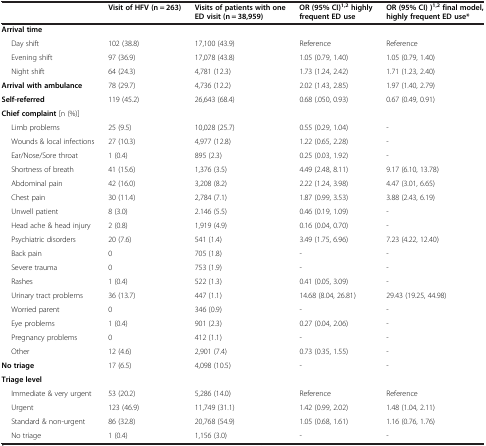
<table><thead><tr><td><b> </b></td><td><b>Visit of HFV (n = 263)</b></td><td><b>Visits of patients with one ED visit (n = 38,959)</b></td><td><b>OR (95% CI)<sup>1,2 </sup>highly frequent ED use</b></td><td><b>OR (95% CI) )<sup>1,2 </sup>final model, highly frequent ED use*</b></td></tr></thead><tbody><tr><td><b>Arrival time</b></td><td> </td><td> </td><td> </td><td> </td></tr><tr><td> Day shift</td><td>102 (38.8)</td><td>17,100 (43.9)</td><td>Reference</td><td>Reference</td></tr><tr><td> Evening shift</td><td>97 (36.9)</td><td>17,078 (43.8)</td><td>1.05 (0.79, 1.40)</td><td>1.05 (0.79, 1.40)</td></tr><tr><td> Night shift</td><td>64 (24.3)</td><td>4,781 (12.3)</td><td>1.73 (1.24, 2.42)</td><td>1.71 (1.23, 2.40)</td></tr><tr><td><b>Arrival with ambulance</b></td><td>78 (29.7)</td><td>4,736 (12.2)</td><td>2.02 (1.43, 2.85)</td><td>1.97 (1.40, 2.79)</td></tr><tr><td><b>Self-referred</b></td><td>119 (45.2)</td><td>26,643 (68.4)</td><td>0.68 (.050, 0.93)</td><td>0.67 (0.49, 0.91)</td></tr><tr><td><b>Chief complaint</b> [n (%)]</td><td> </td><td> </td><td> </td><td> </td></tr><tr><td> Limb problems</td><td>25 (9.5)</td><td>10,028 (25.7)</td><td>0.55 (0.29, 1.04)</td><td>-</td></tr><tr><td> Wounds &amp; local infections</td><td>27 (10.3)</td><td>4,977 (12.8)</td><td>1.22 (0.65, 2.28)</td><td>-</td></tr><tr><td> Ear/Nose/Sore throat</td><td>1 (0.4)</td><td>895 (2.3)</td><td>0.25 (0.03, 1.92)</td><td>-</td></tr><tr><td> Shortness of breath</td><td>41 (15.6)</td><td>1,376 (3.5)</td><td>4.49 (2.48, 8.11)</td><td>9.17 (6.10, 13.78)</td></tr><tr><td> Abdominal pain</td><td>42 (16.0)</td><td>3,208 (8.2)</td><td>2.22 (1.24, 3.98)</td><td>4.47 (3.01, 6.65)</td></tr><tr><td> Chest pain</td><td>30 (11.4)</td><td>2,784 (7.1)</td><td>1.87 (0.99, 3.53)</td><td>3.88 (2.43, 6.19)</td></tr><tr><td> Unwell patient</td><td>8 (3.0)</td><td>2.146 (5.5)</td><td>0.46 (0.19, 1.09)</td><td>-</td></tr><tr><td> Head ache &amp; head injury</td><td>2 (0.8)</td><td>1,919 (4.9)</td><td>0.16 (0.04, 0.70)</td><td>-</td></tr><tr><td> Psychiatric disorders</td><td>20 (7.6)</td><td>541 (1.4)</td><td>3.49 (1.75, 6.96)</td><td>7.23 (4.22, 12.40)</td></tr><tr><td> Back pain</td><td>0</td><td>705 (1.8)</td><td>-</td><td>-</td></tr><tr><td> Severe trauma</td><td>0</td><td>753 (1.9)</td><td>-</td><td>-</td></tr><tr><td> Rashes</td><td>1 (0.4)</td><td>522 (1.3)</td><td>0.41 (0.05, 3.09)</td><td>-</td></tr><tr><td> Urinary tract problems</td><td>36 (13.7)</td><td>447 (1.1)</td><td>14.68 (8.04, 26.81)</td><td>29.43 (19.25, 44.98)</td></tr><tr><td> Worried parent</td><td>0</td><td>346 (0.9)</td><td>-</td><td>-</td></tr><tr><td> Eye problems</td><td>1 (0.4)</td><td>901 (2.3)</td><td>0.27 (0.04, 2.06)</td><td>-</td></tr><tr><td> Pregnancy problems</td><td>0</td><td>412 (1.1)</td><td>-</td><td>-</td></tr><tr><td> Other</td><td>12 (4.6)</td><td>2,901 (7.4)</td><td>0.73 (0.35, 1.55)</td><td>-</td></tr><tr><td><b>No triage</b></td><td>17 (6.5)</td><td>4,098 (10.5)</td><td>-</td><td>-</td></tr><tr><td><b>Triage level</b></td><td> </td><td> </td><td> </td><td> </td></tr><tr><td> Immediate &amp; very urgent</td><td>53 (20.2)</td><td>5,286 (14.0)</td><td>Reference</td><td>Reference</td></tr><tr><td> Urgent</td><td>123 (46.9)</td><td>11,749 (31.1)</td><td>1.42 (0.99, 2.02)</td><td>1.48 (1.04, 2.11)</td></tr><tr><td> Standard &amp; non-urgent</td><td>86 (32.8)</td><td>20,768 (54.9)</td><td>1.05 (0.68, 1.61)</td><td>1.16 (0.76, 1.76)</td></tr><tr><td> No triage</td><td>1 (0.4)</td><td>1,156 (3.0)</td><td>-</td><td>-</td></tr></tbody></table>